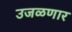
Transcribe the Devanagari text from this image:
उजळणार